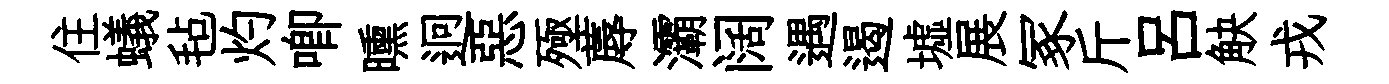
住蟻毡灼唧曛迥惡殛蓐灞阔遇遏墟展冢斤吕觖戎